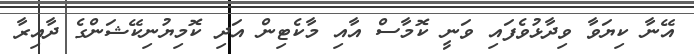
އޭނާ ކިޔަވާ ވިދާޅުވެފައި ވަނީ ކޮމާސް އާއި މާކެޓިން އަދި ކޮމިޔުނިކޭޝަންގެ ދާއިރާ